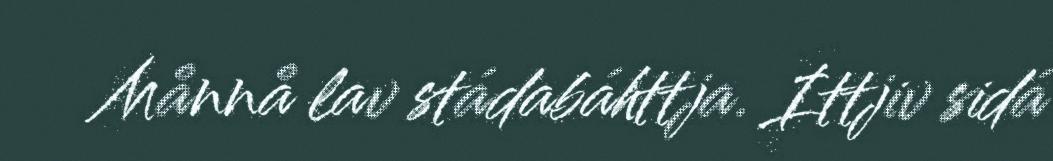
Månnå lav stádabáhttja. Ittjiv sidá